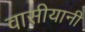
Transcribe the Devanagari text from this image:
वासीयानी